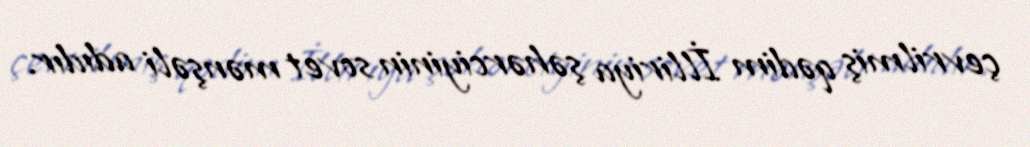
çevrilmiş qədim İlliriya şəhərciyinin sovet mənşəli adıdır.